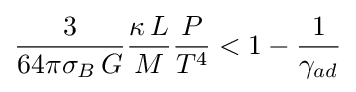
{\frac {3}{64\pi \sigma _{B}\,G}}{\frac {\kappa \,L}{M}}{\frac {P}{T^{4}}}<1-{\frac {1}{\gamma _{ad}}}